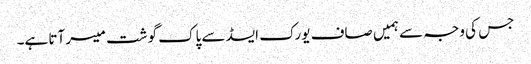
جس کی وجہ سے ہمیں صاف یورک ایسڈ سے پاک گوشت میسر آتا ہے۔